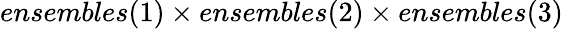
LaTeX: ensembles(1)\times ensembles(2)\times ensembles(3)